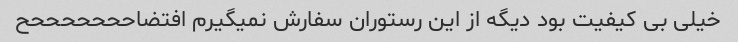
خیلی بی کیفیت بود دیگه از این رستوران سفارش نمیگیرم افتضاحححححححح